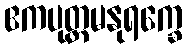
ဧကပုတ္တမနုရက္ခေ